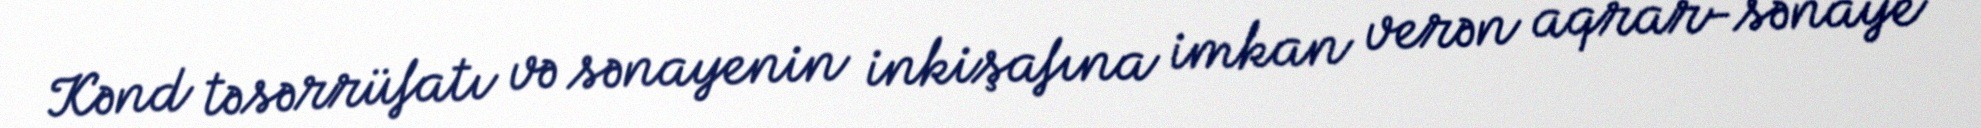
Kənd təsərrüfatı və sənayenin inkişafına imkan verən aqrar-sənaye